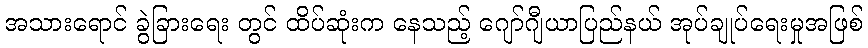
အသားရောင် ခွဲခြားရေး တွင် ထိပ်ဆုံးက နေသည့် ဂျော်ဂျီယာပြည်နယ် အုပ်ချုပ်ရေးမှုအဖြစ်